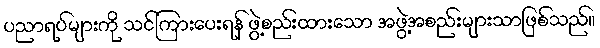
ပညာရပ်များကို သင်ကြားပေးရန် ဖွဲ့စည်းထားသော အဖွဲ့အစည်းများသာဖြစ်သည်။